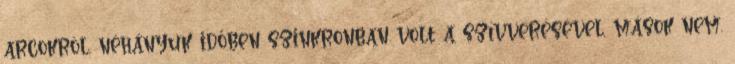
arcokról, néhányuk időben szinkronban volt a szívverésével, mások nem.